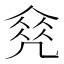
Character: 𠙠